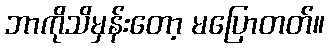
ဘာကိုသိမှန်းတော့ မပြောတတ်။